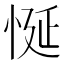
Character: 𢚀